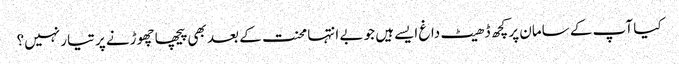
کیا آپ کے سامان پر کچھ ڈھیٹ داغ ایسےہیں جو بے انتہا محنت کے بعد بھی پیچھا چھوڑنے پر تیار نہیں؟